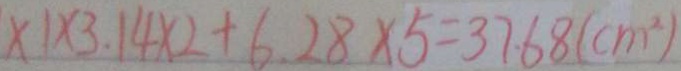
\times 1 \times 3 . 1 4 \times 2 + 6 . 2 8 \times 5 = 3 7 . 6 8 ( c m ^ { 2 } )